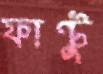
ফান্টু